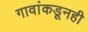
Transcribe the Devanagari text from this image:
गावांकडूनही